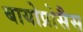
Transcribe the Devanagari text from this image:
बायोप्रोसैस